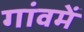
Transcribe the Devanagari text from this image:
गांवमें